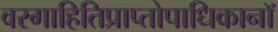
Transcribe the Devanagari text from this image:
वरगाहितिप्राप्तोपाधिकानॉ